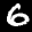
Label: 6